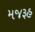
મજરૂહ